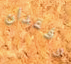
وفقدان